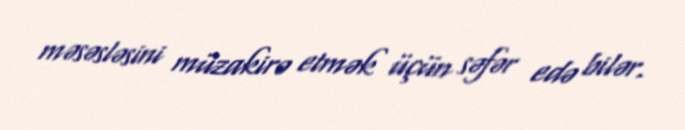
məsəsləsini müzakirə etmək üçün səfər edə bilər.